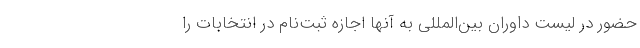
حضور در لیست داوران بین‌المللی به آنها اجازه ثبت‌نام در انتخابات را